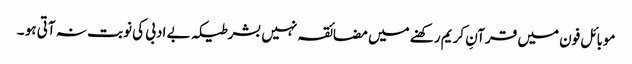
موبائل فون میں قرآنِ کریم رکھنے میں مضائقہ نہیں بشرطیکہ بے ادبی کی نوبت نہ آتی ہو ۔